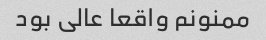
ممنونم واقعا عالی بود